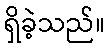
ရှိခဲ့သည်။